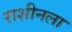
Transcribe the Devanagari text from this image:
राशीनला